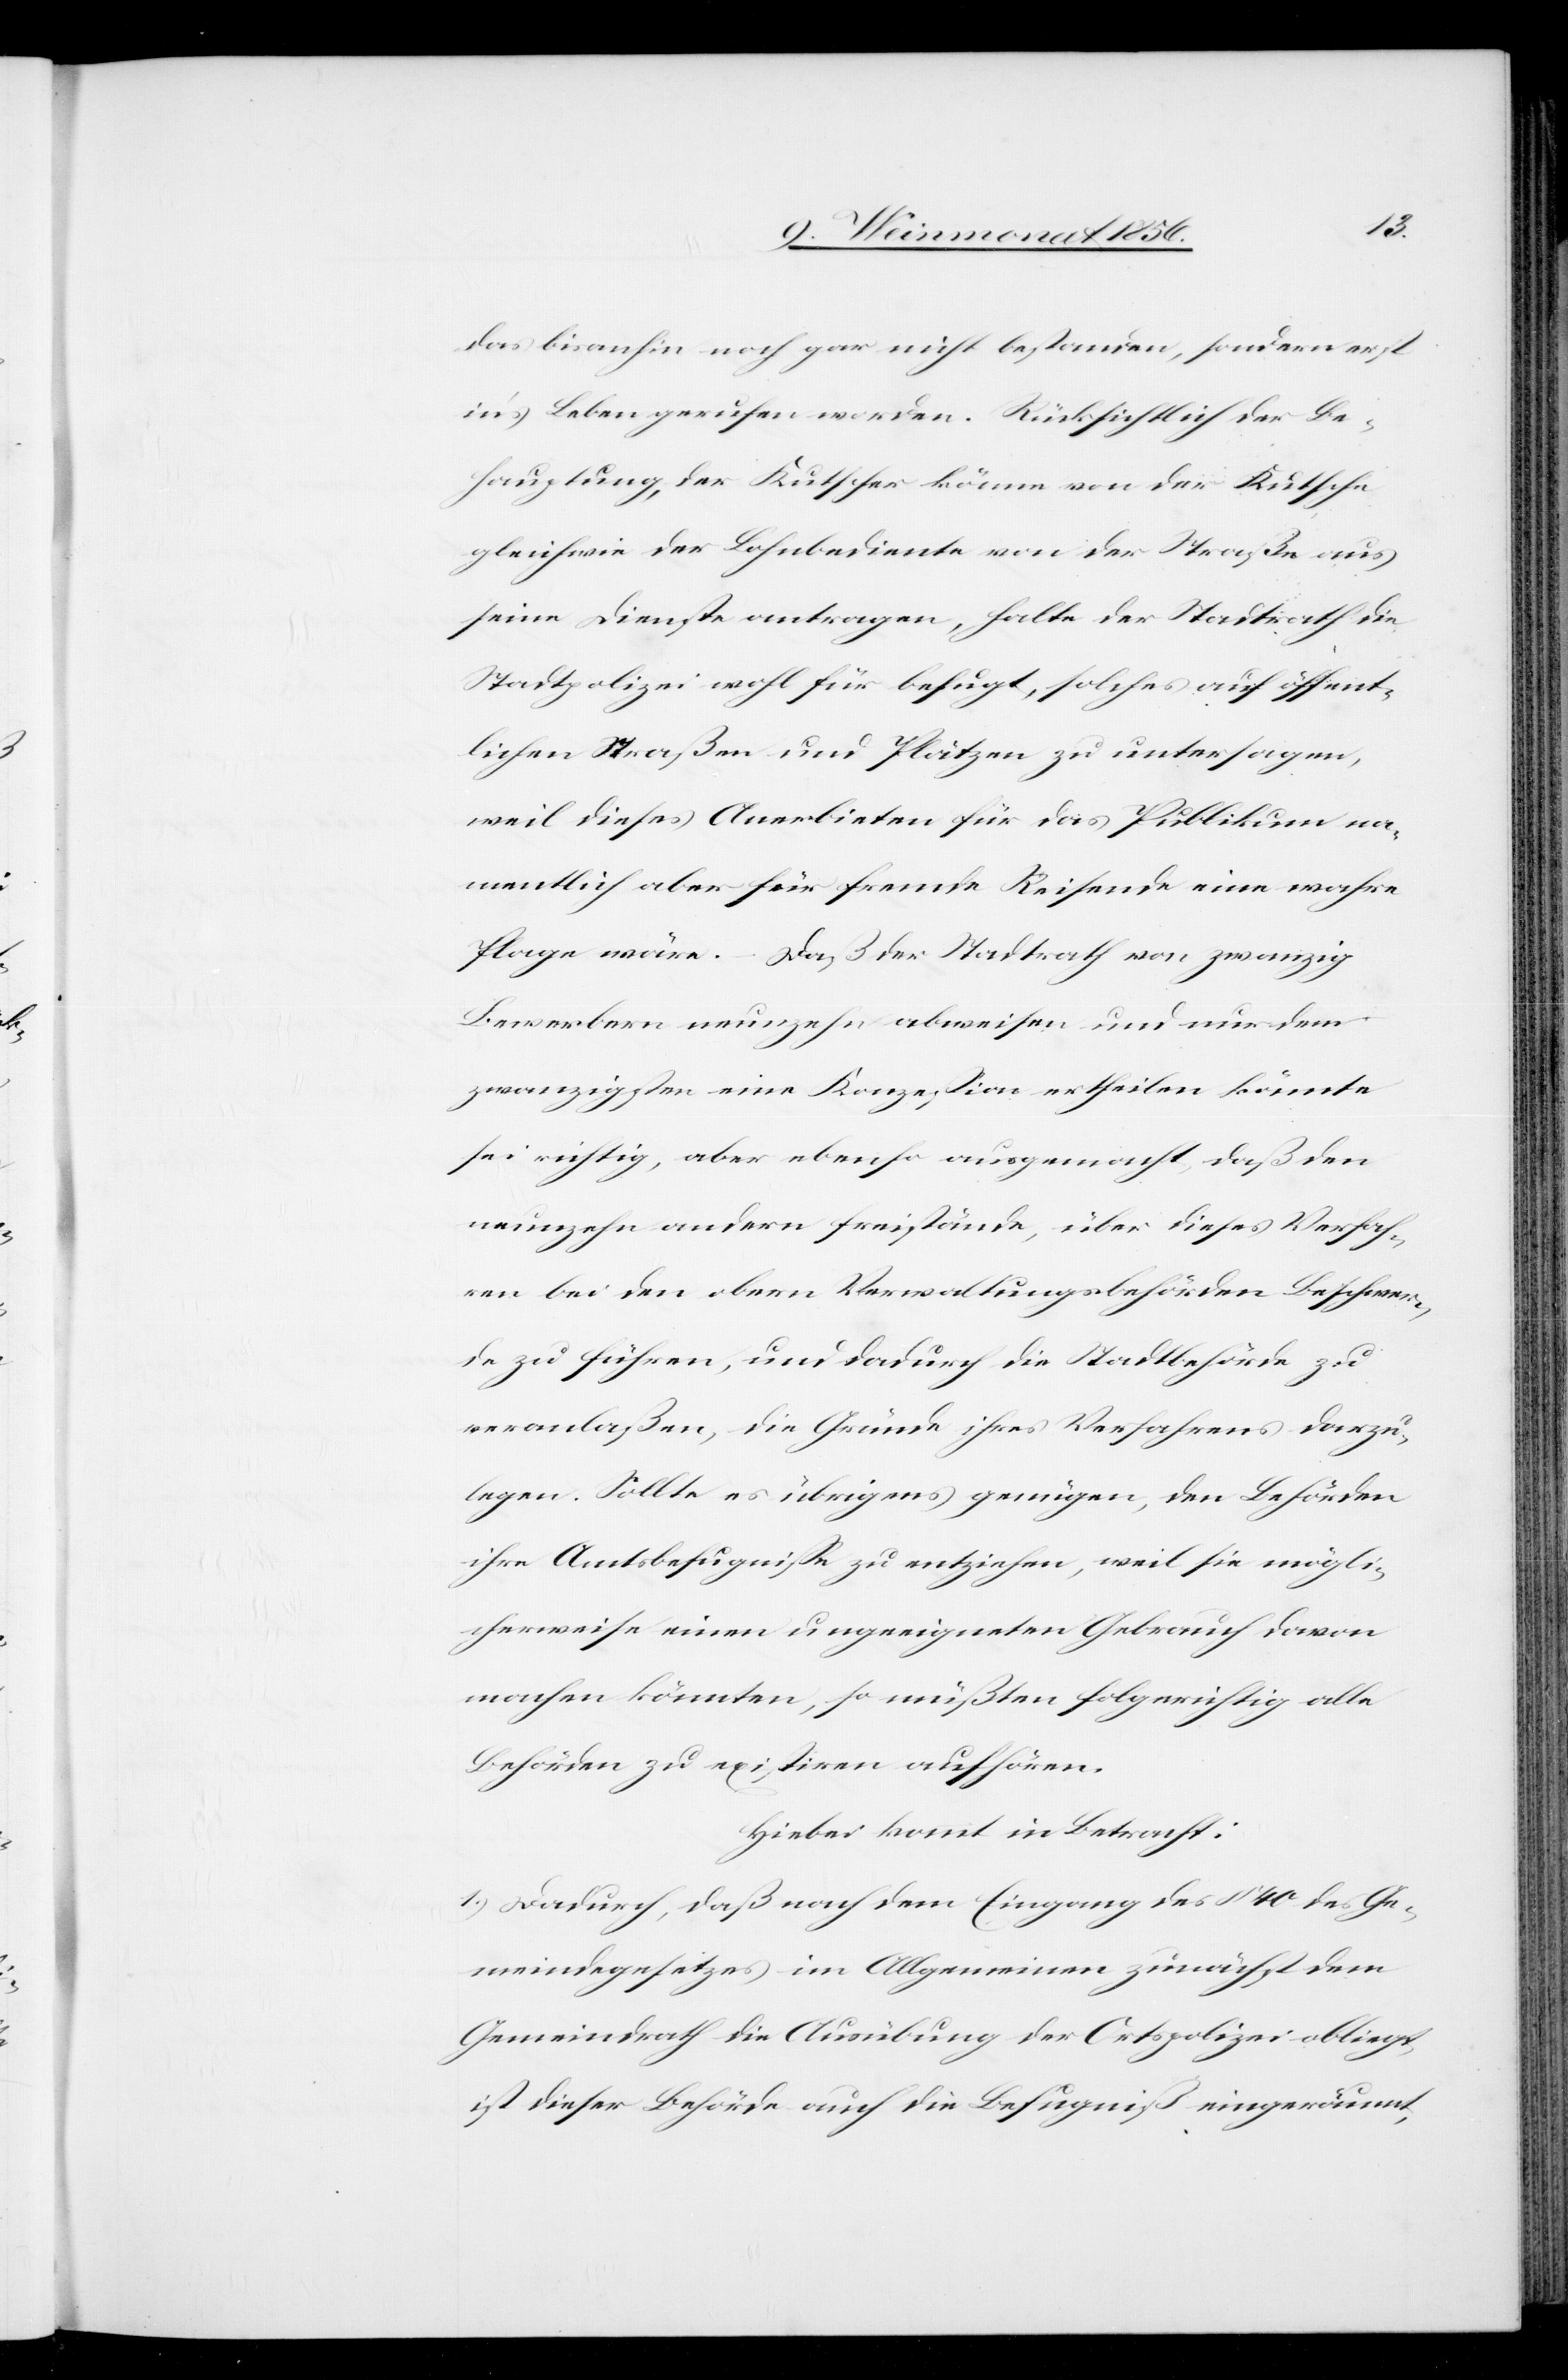
das bisanhin noch gar nicht bestanden, sondern erst
in's Leben gerufen worden. Rücksichtlich der Be¬
hauptung, der Kutscher könne von der Kutsche
gleichwie der Lohnbediente von der Straße aus
seine Dienste antragen, halte der Stadtrath die
Stadtpolizei wohl für befugt, solches auf öffent¬
lichen Straßen und Plätzen zu untersagen,
weil dieses Anerbieten für das Publikum na¬
mentlich aber für fremde Reisende eine wahre
Plage wäre. – Daß der Stadtrath von zwanzig
Bewerbern neunzehn abweisen und nur dem
zwanzigsten eine Konzession ertheilen könnte
sei richtig, aber ebenso ausgemacht, daß den
neunzehn andern freistände, über dieses Verfah¬
ren bei den obern Verwaltungsbehörden Beschwer¬
de zu führen, und dadurch die Stadtbehörde zu
veranlaßen, die Gründe ihres Verfahrens darzu¬
legen. Sollte es übrigens genügen, den Behörden
ihre Amtsbefugnisse zu entziehen, weil sie mögli¬
cherweise einen ungeeigneten Gebrauch davon
machen könnten, so müßten folgerichtig alle
Behörden zu existiren aufhören.
Hiebei kommt in Betracht:
1.) Dadurch, daß nach dem Eingang des § 40 des Ge¬
meindegesetzes im Allgemeinen zunächst dem
Gemeindrath die Ausübung der Ortspolizei obliegt,
ist dieser Behörde auch die Befugniß eingeräumt,